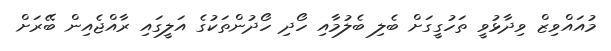
މުއައްވިޒް ވިދާޅުވީ ތަހުގީގަށް ބެލި ބެލުމާއި ހޯދި ހޯދުންތަކުގެ އަލީގައި ރާއްޖެއިން ބޭރަށް